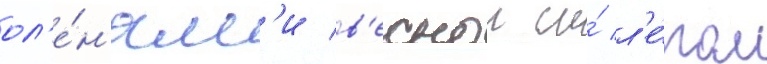
ол'е́н'ям'и в'еснои и́ л'е́том